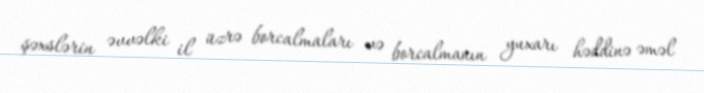
şəxslərin əvvəlki il üzrə borcalmaları və borcalmanın yuxarı həddinə əməl